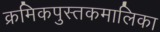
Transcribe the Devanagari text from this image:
क्रमिकपुस्तकमालिका